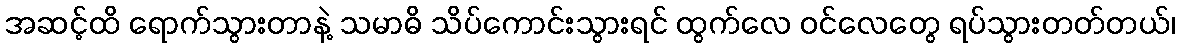
အဆင့်ထိ ရောက်သွားတာနဲ့ သမာဓိ သိပ်ကောင်းသွားရင် ထွက်လေ ဝင်လေတွေ ရပ်သွားတတ်တယ်၊